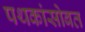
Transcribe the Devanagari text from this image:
पथकांसोबत